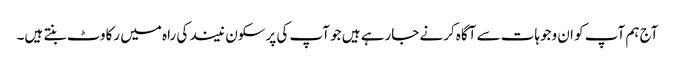
آج ہم آپ کو ان وجوہات سے آگاہ کرنے جارہے ہیں جو آپ کی پرسکون نیند کی راہ میں رکاوٹ بنتے ہیں۔